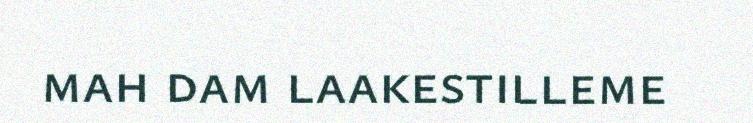
mah dam laakestilleme